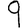
Digit: 9